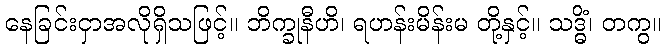
နေခြင်းငှာအလိုရှိသဖြင့်။ ဘိက္ခုနီဟိ၊ ရဟန်းမိန်းမ တို့နှင့်။ သဒ္ဓိံ၊ တကွ။